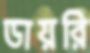
ডায়রি